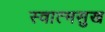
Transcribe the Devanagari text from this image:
स्वात्मसुख